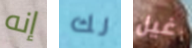
إنه لك غيل